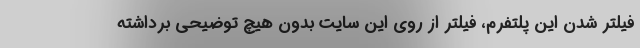
فیلتر شدن این پلتفرم، فیلتر از روی این سایت بدون هیچ توضیحی برداشته